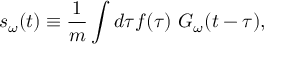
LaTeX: s _ { \omega } ( t ) \equiv \frac { 1 } { m } \int d \tau f ( \tau ) \ G _ { \omega } ( t - \tau ) ,